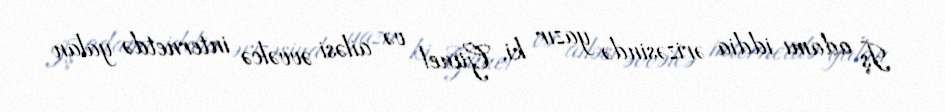
İş adamı iddia ərizəsində yazır ki, Günel və ailəsi əvvəlcə internetdə yalan